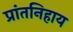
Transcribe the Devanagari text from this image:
प्रांतनिहाय